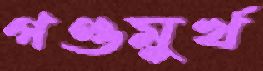
গণ্ডমুর্খ